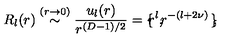
R _ { l } ( r ) \stackrel { ( r \rightarrow 0 ) } { \sim } \frac { u _ { l } ( r ) } { r ^ { ( { D } - 1 ) / 2 } } = \mathrm { \boldmath \large \left\{ \right. } \! \! \! r ^ { l } \mathrm { \boldmath \large , } \! r ^ { - ( l + 2 \nu ) } \mathrm { \boldmath \large \left. \right\} } \! \! ,